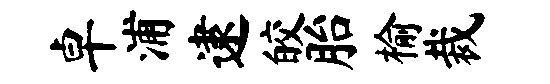
卓浦逮皎胎榆裁